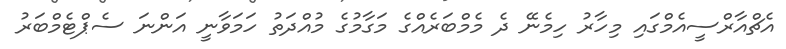
އެޗްއާރްސީއެމްގައި މިހާރު ހިމެނޭ ދެ މެމްބަރެއްގެ މަގާމުގެ މުއްދަތު ހަމަވާނީ އަންނަ ސެޕްޓެމްބަރު